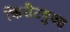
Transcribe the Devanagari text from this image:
किरीटयुक्त